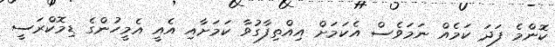
ކޮންމެ ފަދަ ކަމެއް ނަމަވެސް އެކަމަށް އިއްތިފާގުވާ ކަމަށާއި އެއީ އެމީހުންގެ ޑިމޮކްރަސީ